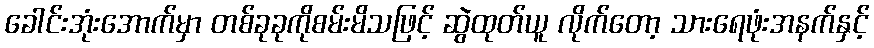
ခေါင်းအုံးအောက်မှာ တစ်ခုခုကိုစမ်းမိသဖြင့် ဆွဲထုတ်ယူ လိုက်တော့ သားရေဖုံးအနက်နှင့်